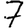
Digit: 7